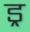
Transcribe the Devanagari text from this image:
ड्र